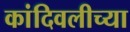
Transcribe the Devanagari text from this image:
कांदिवलीच्या